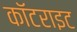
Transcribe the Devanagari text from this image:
कॉटराइट